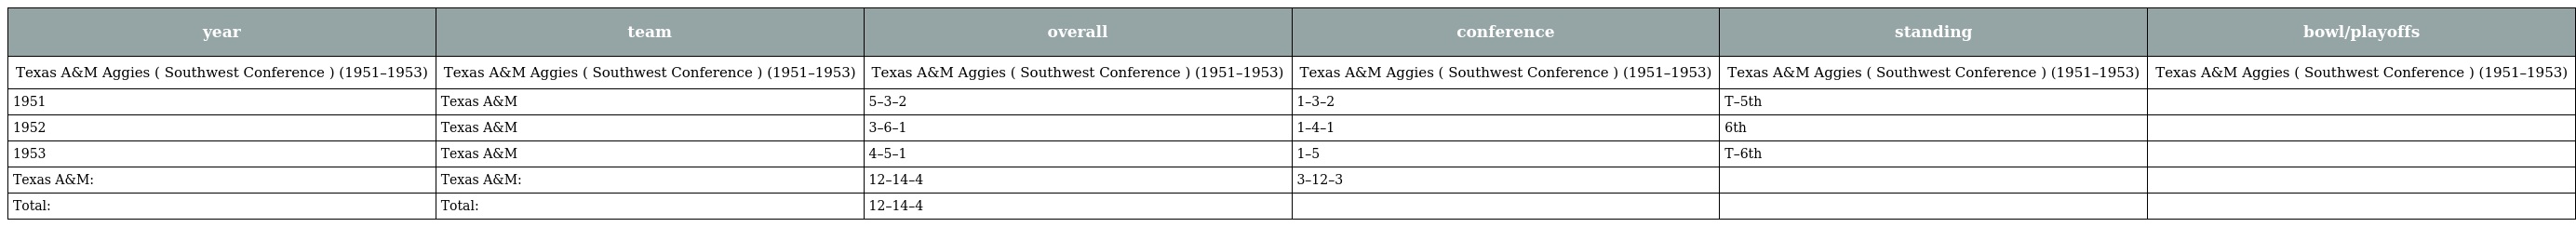
| year | team | overall | conference | standing | bowl/playoffs |
 | --- | --- | --- | --- | --- | --- |
 | Texas A&M Aggies ( Southwest Conference ) (1951–1953) | Texas A&M Aggies ( Southwest Conference ) (1951–1953) | Texas A&M Aggies ( Southwest Conference ) (1951–1953) | Texas A&M Aggies ( Southwest Conference ) (1951–1953) | Texas A&M Aggies ( Southwest Conference ) (1951–1953) | Texas A&M Aggies ( Southwest Conference ) (1951–1953) |
 | 1951 | Texas A&M | 5–3–2 | 1–3–2 | T–5th |  |
 | 1952 | Texas A&M | 3–6–1 | 1–4–1 | 6th |  |
 | 1953 | Texas A&M | 4–5–1 | 1–5 | T–6th |  |
 | Texas A&M: | Texas A&M: | 12–14–4 | 3–12–3 |  |  |
 | Total: | Total: | 12–14–4 |  |  |  |